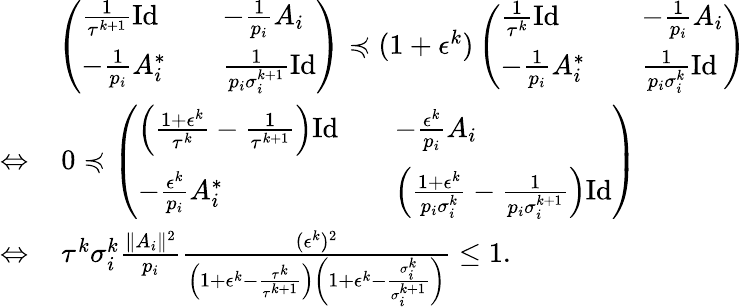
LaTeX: \begin{array}{rl}&{\left(\begin{array}{lll}{\frac{1}{\tau^{k+1}}\mathrm{Id}}&&{-\frac{1}{p_{i}}A_{i}}\\ {-\frac{1}{p_{i}}A_{i}^{*}}&&{\frac{1}{p_{i}\sigma_{i}^{k+1}}\mathrm{Id}}\end{array}\right)\preccurlyeq(1+\epsilon^{k})\left(\begin{array}{lll}{\frac{1}{\tau^{k}}\mathrm{Id}}&&{-\frac{1}{p_{i}}A_{i}}\\ {-\frac{1}{p_{i}}A_{i}^{*}}&&{\frac{1}{p_{i}\sigma_{i}^{k}}\mathrm{Id}}\end{array}\right)}\\ {\Leftrightarrow}&{\, 0\preccurlyeq\left(\begin{array}{lll}{\left(\frac{1+\epsilon^{k}}{\tau^{k}}-\frac{1}{\tau^{k+1}}\right)\mathrm{Id}}&&{-\frac{\epsilon^{k}}{p_{i}}A_{i}}\\ {-\frac{\epsilon^{k}}{p_{i}}A_{i}^{*}}&&{\left(\frac{1+\epsilon^{k}}{p_{i}\sigma_{i}^{k}}-\frac{1}{p_{i}\sigma_{i}^{k+1}}\right)\mathrm{Id}}\end{array}\right)}\\ {\Leftrightarrow}&{\, \tau^{k}\sigma_{i}^{k}\frac{\| A_{i}\| ^{2}}{p_{i}}\frac{(\epsilon^{k})^{2}}{\left(1+\epsilon^{k}-\frac{\tau^{k}}{\tau^{k+1}}\right)\left(1+\epsilon^{k}-\frac{\sigma_{i}^{k}}{\sigma_{i}^{k+1}}\right)}\leq 1.}\end{array}